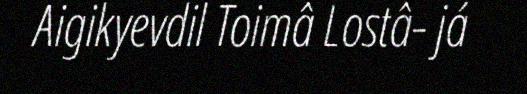
Äigikyevdil Toimâ Lostâ- já